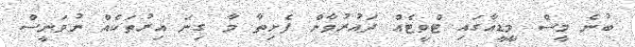
ބުނެ މީސް މީޑީއާގައި ޓްވީޓެއް ދައުރުވާން ފެށިތާ މާ ގިނަ އިރުތަކެއް ނުވަނީސް